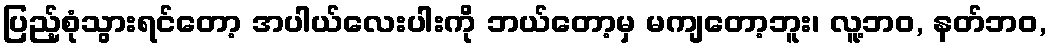
ပြည့်စုံသွားရင်တော့ အပါယ်လေးပါးကို ဘယ်တော့မှ မကျတော့ဘူး၊ လူ့ဘဝ, နတ်ဘဝ,